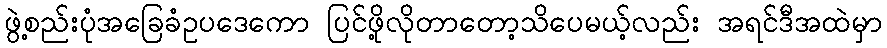
ဖွဲ့စည်းပုံအခြေခံဥပဒေကော ပြင်ဖို့လိုတာတော့သိပေမယ့်လည်း အရင်ဒီအထဲမှာ